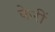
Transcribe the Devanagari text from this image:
केरीं